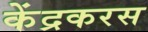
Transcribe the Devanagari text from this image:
केंद्रकरस